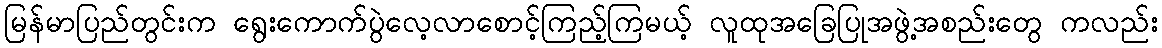
မြန်မာပြည်တွင်းက ရွေးကောက်ပွဲလေ့လာစောင့်ကြည့်ကြမယ့် လူထုအခြေပြုအဖွဲ့အစည်းတွေ ကလည်း